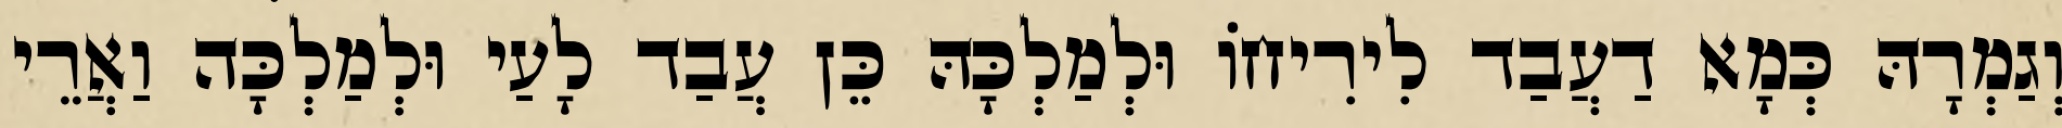
וְגַמְרָהּ כְּמָא דַעֲבַד לִירִיחוֹ וּלְמַלְכָּהּ כֵּן עֲבַד לָעַי וּלְמַלְכָּה וַאֲרֵי